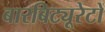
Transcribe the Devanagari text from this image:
बारबिट्यूरेटों